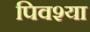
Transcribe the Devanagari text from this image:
पिवश्या